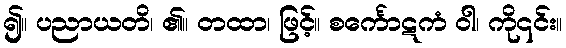
၍။ ပညာယတိ၊ ၏။ တထာ၊ ဖြင့်။ စင်္ကောဋကံ ဝါ၊ ကို၎င်း။